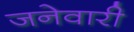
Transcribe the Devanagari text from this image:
जनेवारी